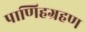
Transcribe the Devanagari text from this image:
पाणिहग्रहण